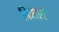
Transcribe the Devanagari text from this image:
बिसरो